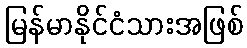
မြန်မာနိုင်ငံသားအဖြစ်